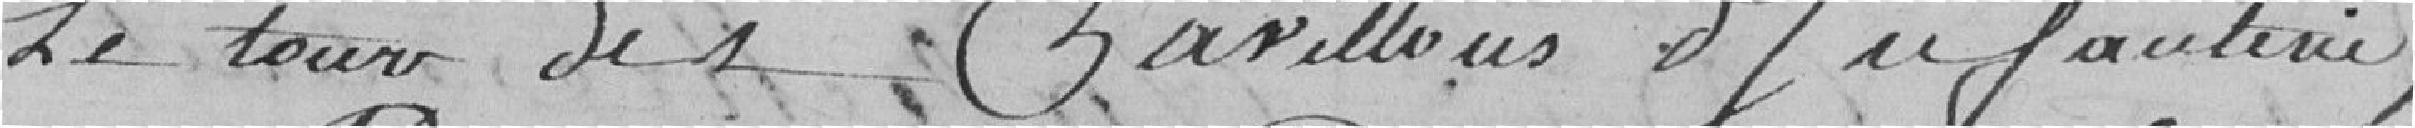
le tour des pavillons d'infanterie,